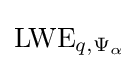
\mathrm {LWE} _{q,\Psi _{\alpha }}